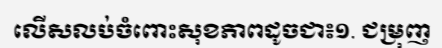
លើសលប់ចំពោះសុខភាពដូចជា៖១. ជម្រុញ